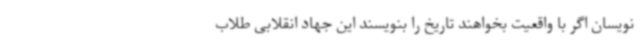
نویسان اگر با واقعیت بخواهند تاریخ را بنویسند این جهاد انقلابی طلاب